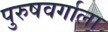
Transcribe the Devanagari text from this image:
पुरुषवर्गाला